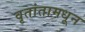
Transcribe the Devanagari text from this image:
वृतांतामधून